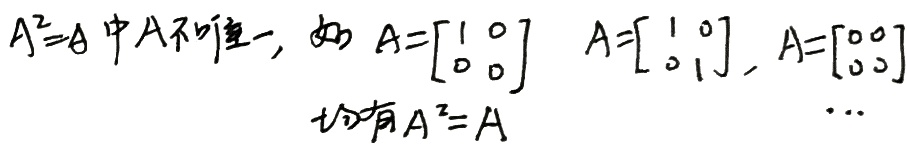
\(A^{2}=A\)中\(A\)不唯一，如 \(A = \begin{bmatrix}
1 & 0 \\
0 & 0
\end{bmatrix}\)  \(A = \begin{bmatrix}
1 & 0 \\
0 & 1
\end{bmatrix}\)，\(A = \begin{bmatrix}
0 & 0 \\
0 & 0
\end{bmatrix}\)
 均有\(A^{2}=A\)  …